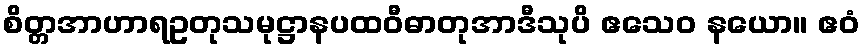
စိတ္တအာဟာရဥတုသမုဋ္ဌာနပထဝီဓာတုအာဒီသုပိ ဧသေဝ နယော။ ဧဝံ